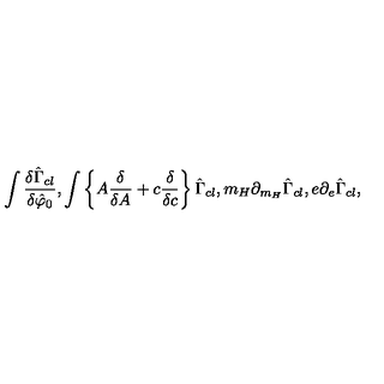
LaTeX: \int \frac { \delta \hat { \Gamma } _ { c l } } { \delta \hat { \varphi } _ { 0 } } , \int \left\{ A \frac { \delta } { \delta A } + c \frac { \delta } { \delta c } \right\} \hat { \Gamma } _ { c l } , m _ { H } \partial _ { m _ { H } } \hat { \Gamma } _ { c l } , e \partial _ { e } \hat { \Gamma } _ { c l } ,